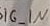
Text: SIG_IN